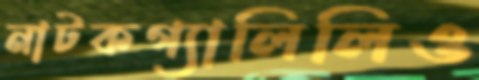
নাটকগ্যালিলিও